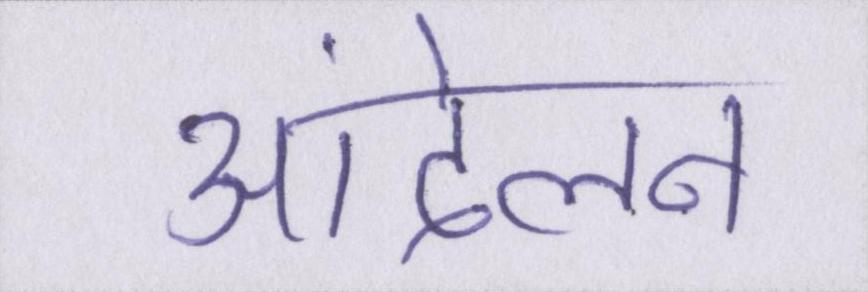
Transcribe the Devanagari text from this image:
आंदेलन